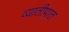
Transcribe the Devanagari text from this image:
व्यातीपात